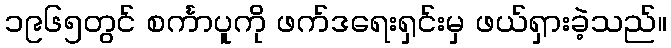
၁၉၆၅တွင် စင်္ကာပူကို ဖက်ဒရေးရှင်းမှ ဖယ်ရှားခဲ့သည်။